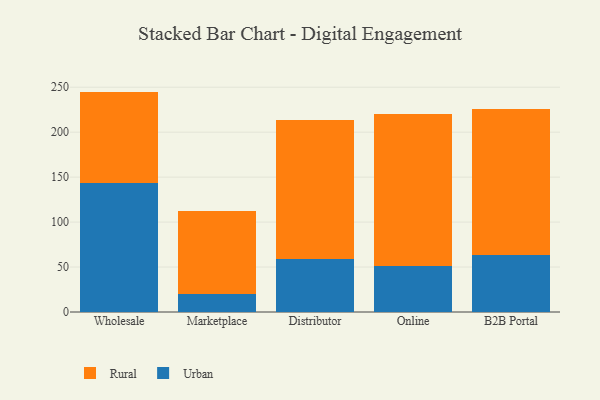
{"axis": {"x": "Channel", "y": "Active Users"}, "legend": ["Rural", "Urban"], "data": [{"x": "Wholesale", "y": 143.1, "type": "Urban"}, {"x": "Wholesale", "y": 102.0, "type": "Rural"}, {"x": "Marketplace", "y": 19.8, "type": "Urban"}, {"x": "Marketplace", "y": 92.7, "type": "Rural"}, {"x": "Distributor", "y": 58.6, "type": "Urban"}, {"x": "Distributor", "y": 154.8, "type": "Rural"}, {"x": "Online", "y": 51.1, "type": "Urban"}, {"x": "Online", "y": 169.5, "type": "Rural"}, {"x": "B2B Portal", "y": 63.7, "type": "Urban"}, {"x": "B2B Portal", "y": 162.3, "type": "Rural"}]}